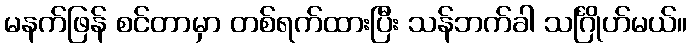
မနက်ဖြန် စင်တာမှာ တစ်ရက်ထားပြီး သန်ဘက်ခါ သင်္ဂြိုဟ်မယ်။